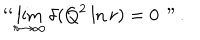
` ` \lim _ { r \rightarrow \infty } \delta ( Q ^ { 2 } \ln r ) = 0 \, " \, .